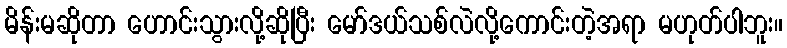
မိန်းမဆိုတာ ဟောင်းသွားလို့ဆိုပြီး မော်ဒယ်သစ်လဲလို့ကောင်းတဲ့အရာ မဟုတ်ပါဘူး။